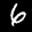
Label: 6